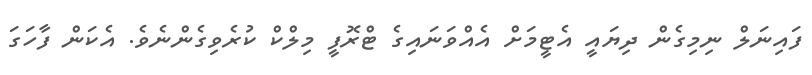
ފައިނަލް ނިމިގެން ދިޔައީ އެޓީމަށް އެއްވަނައިގެ ޓްރޮފީ މިލްކް ކުރެވިގެންނެވެ. އެކަން ފާހަގަ